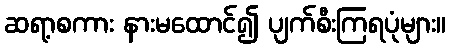
ဆရာ့စကား နားမထောင်၍ ပျက်စီးကြရပုံများ။